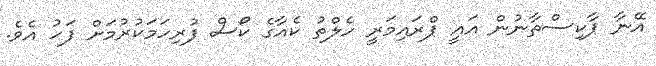
އޭނާ ޕާކިސްތާނުން އައީ ޕްރައިމަރީ ހެލްތު ކެއާގެ ކޯސް ފުރިހަމަކުރުމަށް ފަހު އެވެ.